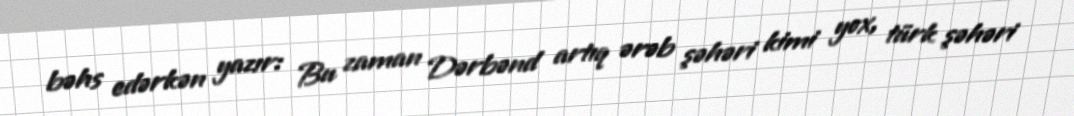
bəhs edərkən yazır: Bu zaman Dərbənd artıq ərəb şəhəri kimi yox, türk şəhəri